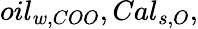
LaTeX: oil_{w,COO},Cal_{s,O},